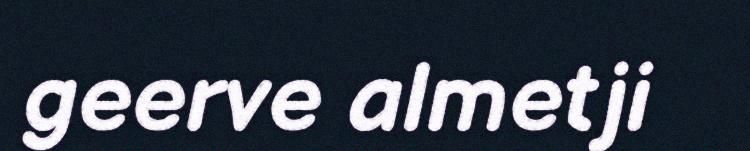
geerve almetji